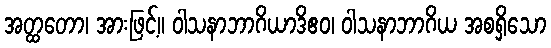
အတ္ထတော၊ အားဖြင့်။ ဝါသနာဘာဂိယာဒိဧဝ၊ ဝါသနာဘာဂိယ အစရှိသော